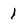
Character: 1